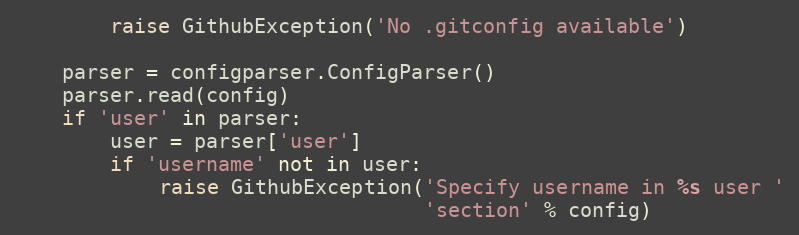
Language: Python
        raise GithubException('No .gitconfig available')

    parser = configparser.ConfigParser()
    parser.read(config)
    if 'user' in parser:
        user = parser['user']
        if 'username' not in user:
            raise GithubException('Specify username in %s user '
                                  'section' % config)